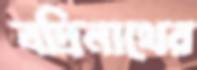
বদ্রিনাথের